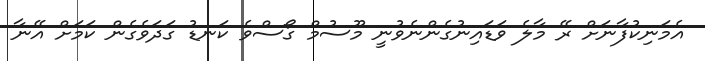
އެމަނިކުފާނަށް ރޭ މާލެ ވަޑައިނުގެންނެވުނީ މޫސުމް ގޯސްވެ ކަނޑު ގަދަވެގެން ކަމަށް އޭނާ